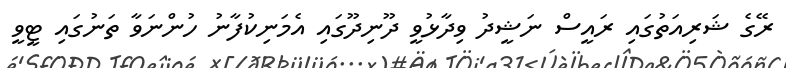
ރޭގެ ޝަރިއަތުގައި ރައީސް ނަޝީދު ވިދާޅުވީ ދޫނިދޫގައި އެމަނިކުފާނު ހުންނަވާ ތަނުގައި ޓީވީ